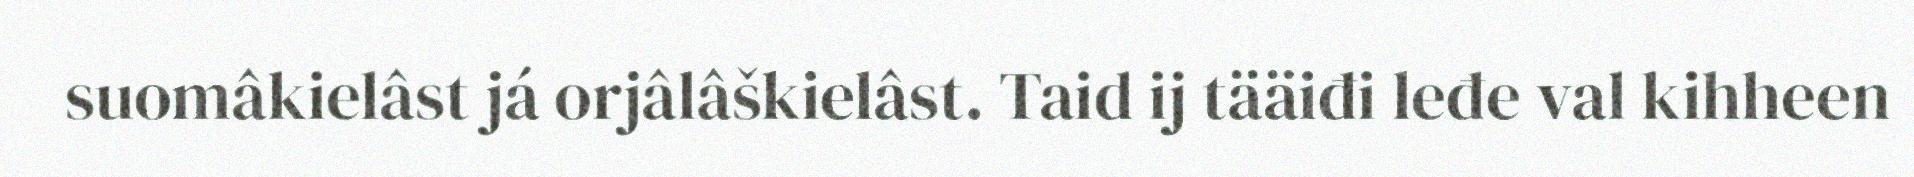
suomâkielâst já orjâlâškielâst. Taid ij tääiđi leđe val kihheen